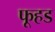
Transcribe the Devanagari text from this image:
फूहड